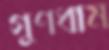
গুণধাম